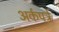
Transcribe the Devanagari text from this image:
अर्कपत्रे